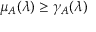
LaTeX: \mu _ { A } ( \lambda ) \geq \gamma _ { A } ( \lambda )